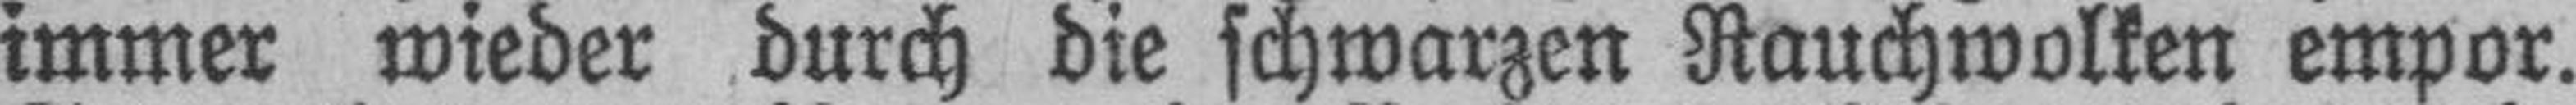
immer wieder durch die schwarzen Rauchwolken empor.